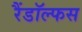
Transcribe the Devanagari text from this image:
रैंडॉल्फस